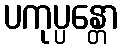
ပကုပ္ပန္တော